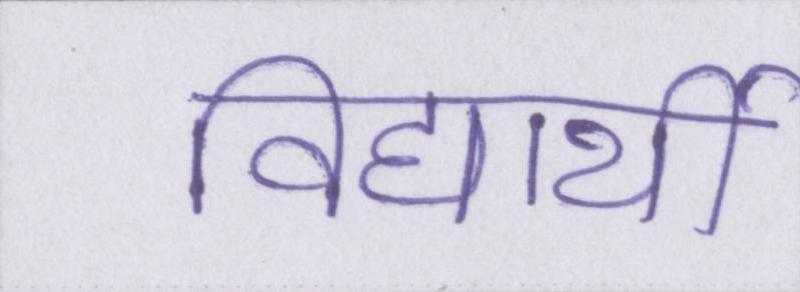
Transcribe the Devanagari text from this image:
विद्यार्थी